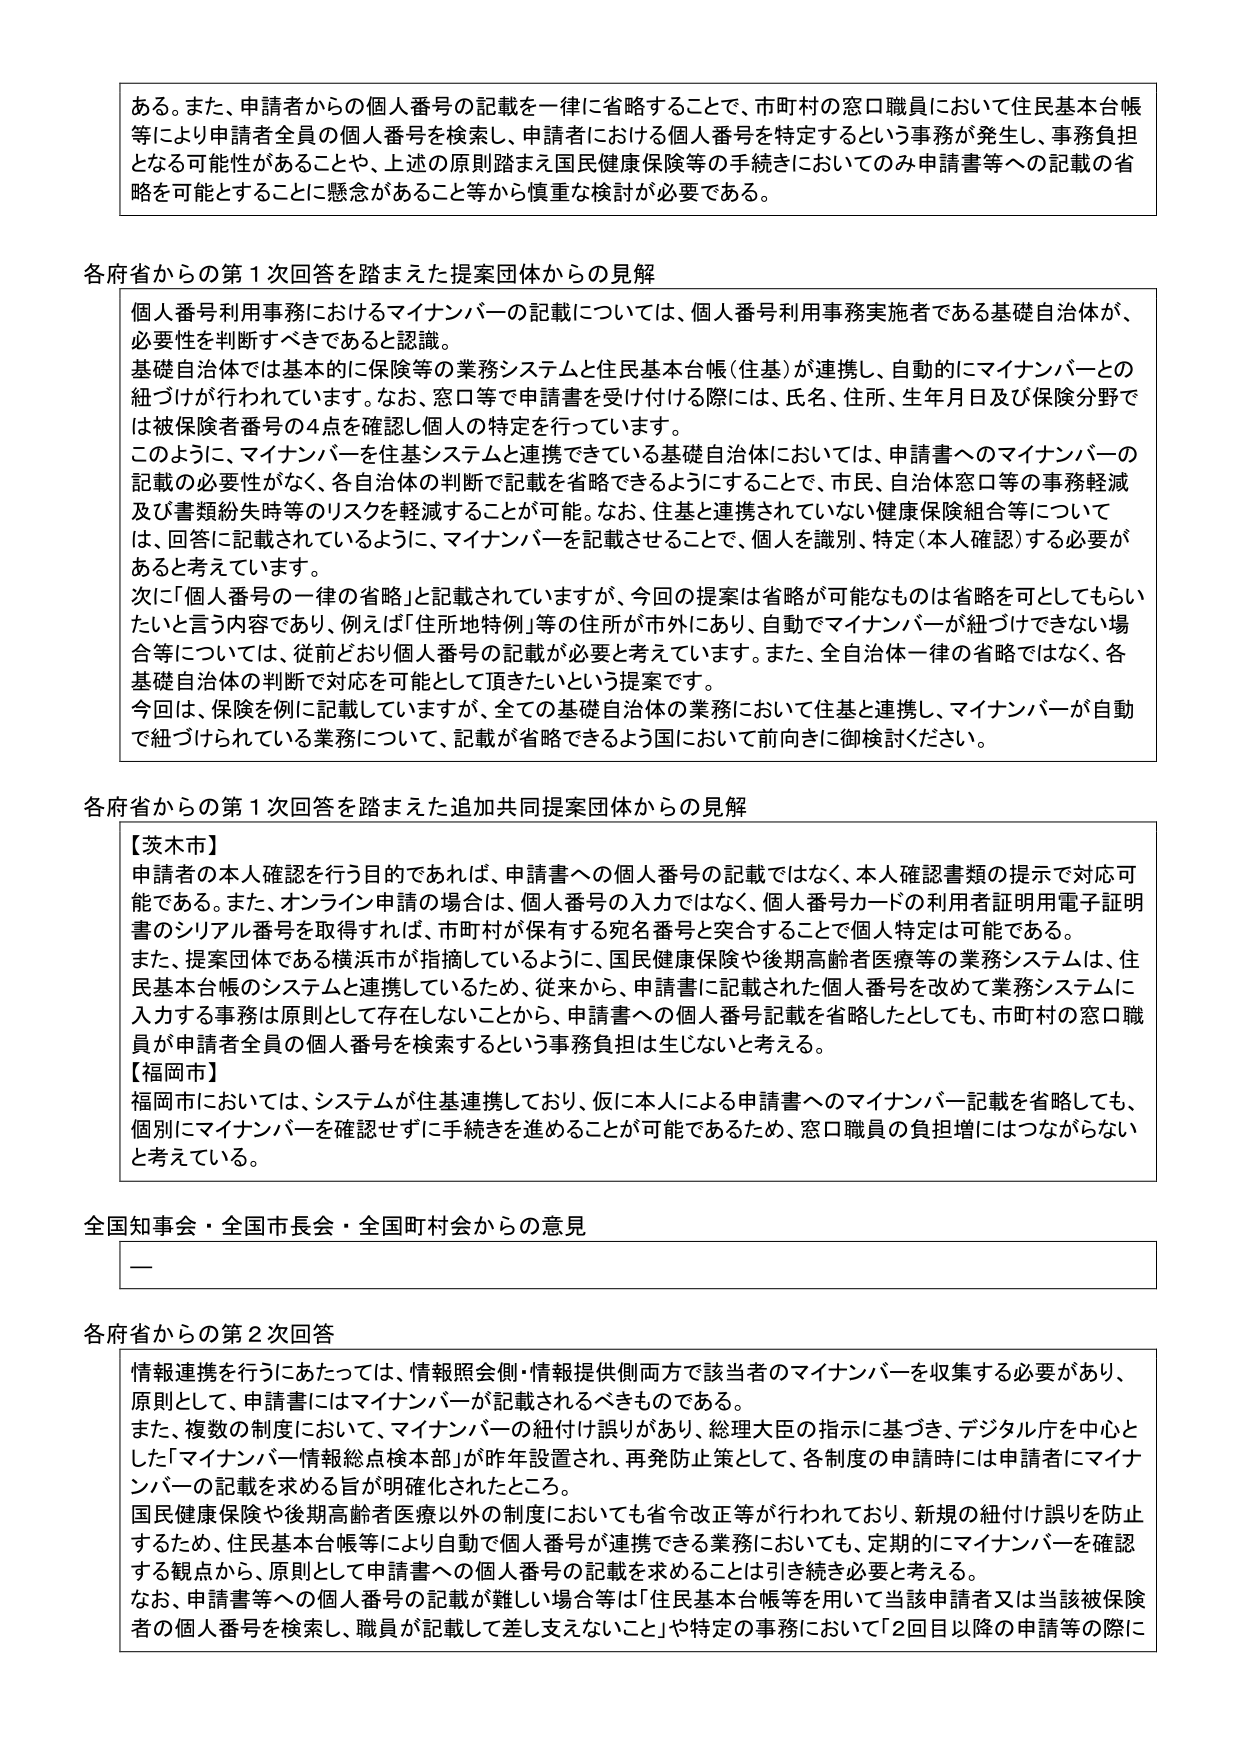
ある。また、申請者からの個人番号の記載を一律に省略することで、市町村の窓口職員において住民基本台帳等により申請者全員の個人番号を検索し、申請者における個人番号を特定するという事務が発生し、事務負担となる可能性があることや、上述の原則踏まえ国民健康保険等の手続きにおいてのみ申請書等への記載の省略を可能とすることに懸念があること等から慎重な検討が必要である。

各府省からの第１次回答を踏まえた提案団体からの見解
個人番号利用事務におけるマイナンバーの記載については、個人番号利用事務実施者である基礎自治体が、必要性を判断すべきであると認識。
基礎自治体では基本的に保険等の業務システムと住民基本台帳（住基）が連携し、自動的にマイナンバーとの紐づけが行われています。なお、窓口等で申請書を受け付ける際には、氏名、住所、生年月日及び保険分野では被保険者番号の４点を確認し個人の特定を行っています。
このように、マイナンバーを住基システムと連携できている基礎自治体においては、申請書へのマイナンバーの記載の必要性がなく、各自治体の判断で記載を省略できるようにすることで、市民、自治体窓口等の事務軽減及び書類紛失時等のリスクを軽減することが可能。なお、住基と連携されていない健康保険組合等については、回答に記載されているように、マイナンバーを記載させることで、個人を識別、特定（本人確認）する必要があると考えています。
次に「個人番号の一律の省略」と記載されていますが、今回の提案は省略が可能なものは省略を可としてもらいたいと言う内容であり、例えば「住所地特例」等の住所が市外にあり、自動でマイナンバーが紐づけできない場合等については、従前どおり個人番号の記載が必要と考えています。また、全自治体一律の省略ではなく、各基礎自治体の判断で対応を可能として頂きたいという提案です。
今回は、保険を例に記載していますが、全ての基礎自治体の業務において住基と連携し、マイナンバーが自動で紐づけられている業務について、記載が省略できるよう国において前向きに御検討ください。

各府省からの第１次回答を踏まえた追加共同提案団体からの見解
【茨木市】
申請者の本人確認を行う目的であれば、申請書への個人番号の記載ではなく、本人確認書類の提示で対応可能である。また、オンライン申請の場合は、個人番号の入力ではなく、個人番号カードの利用者証明用電子証明書のシリアル番号を取得すれば、市町村が保有する宛名番号と突合することで個人特定は可能である。
また、提案団体である横浜市が指摘しているように、国民健康保険や後期高齢者医療等の業務システムは、住民基本台帳のシステムと連携しているため、従来から、申請書に記載された個人番号を改めて業務システムに入力する事務は原則として存在しないことから、申請書への個人番号記載を省略したとしても、市町村の窓口職員が申請者全員の個人番号を検索するという事務負担は生じないと考える。
【福岡市】
福岡市においては、システムが住基連携しており、仮に本人による申請書へのマイナンバー記載を省略しても、個別にマイナンバーを確認せずに手続きを進めることが可能であるため、窓口職員の負担増にはつながらないと考えている。

全国知事会・全国市長会・全国町村会からの意見
—

各府省からの第２次回答
情報連携を行うにあたっては、情報照会側・情報提供側両方で該当者のマイナンバーを収集する必要があり、原則として、申請書にはマイナンバーが記載されるべきものである。
また、複数の制度において、マイナンバーの紐付け誤りがあり、総理大臣の指示に基づき、デジタル庁を中心とした「マイナンバー情報総点検本部」が昨年設置され、再発防止策として、各制度の申請時には申請者にマイナンバーの記載を求める旨が明確化されたところ。
国民健康保険や後期高齢者医療以外の制度においても省令改正等が行われており、新規の紐付け誤りを防止するため、住民基本台帳等により自動で個人番号が連携できる業務においても、定期的にマイナンバーを確認する観点から、原則として申請書への個人番号の記載を求めることは引き続き必要と考える。
なお、申請書等への個人番号の記載が難しい場合等は「住民基本台帳等を用いて当該申請者又は当該被保険者の個人番号を検索し、職員が記載して差し支えないこと」や特定の事務において「２回目以降の申請等の際に